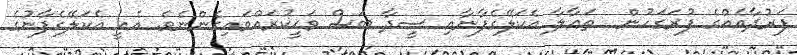
ފަރުދާއެއްގެ ފުރަގަހުން  ތަޢާާލާ އެކަލޭގެފާނާއި ސީދާ ބަސް ވަޙީކުރައްވައިގެންނެވެ. އެއީ އެކަލޭގެފާނުގެ